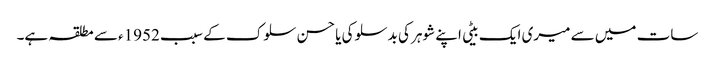
سات میں سے میری ایک بیٹی اپنے شوہر کی بدسلوکی یا حسن سلوک کے سبب 1952ء سے مطلقہ ہے۔